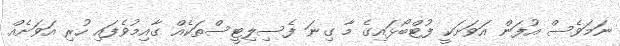
ނަމަވެސް އުފަން އަވަށަކީ ފުޓްބޯޅައިގެ މާ ގިނަ ފެސިލިޓީސްތަކެއް ގާއިމުވެފައި ހުރި އަވަށެއް